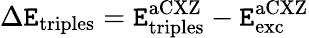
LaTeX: \Delta\mathtt{E}_{\mathrm{{triples}}}=\mathtt{E}_{\mathrm{{triples}}}^{\mathrm{{aCXZ}}}-\mathtt{E}_{\mathrm{{exc}}}^{\mathrm{{aCXZ}}}